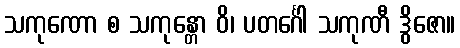
သကုဏော စ သကုန္တော ဝိ၊ ပတင်္ဂေါ သကုဏီ ဒွိဇော။